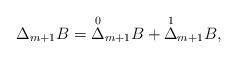
LaTeX: \begin{align*} \Delta_{m+1}B=\overset{0}{\Delta}_{m+1}B+\overset{1}{\Delta}_{m+1}B,\end{align*}